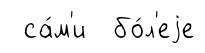
са́м'и бо́л'еjе